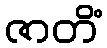
ဇာတိံ